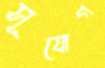
সূযোগ